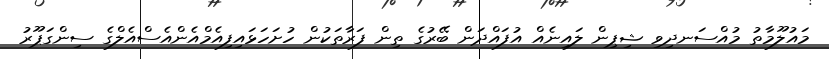
މައުލޫމާތު މުއްސަނދިވި ޝިޕިން ލައިނެއް އުފައްދަން ބޭރުގެ ތިން ފަރާތަކުން ހުށަހަޅައިފިއެމްއެންއެސްއެލްގެ ސިންގަޕޫރު